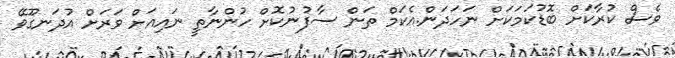
ވެސް ކުރާކަށް ބޮޑުކަމަކަށް ނަހަދަން.އެކަމް ތަން ސާފުނުކޮށް ހުންނާތީ ނައިއަށް ވަރަށް އުދަނގޫވޭ